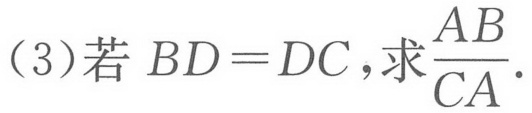
(3)若$BD = DC$,求$\frac{AB}{CA}$.